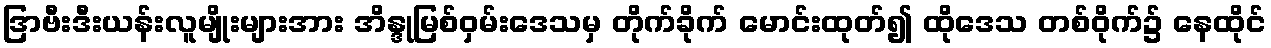
ဒြာဗီးဒီးယန်းလူမျိုးများအား အိန္ဒုမြစ်ဝှမ်းဒေသမှ တိုက်ခိုက် မောင်းထုတ်၍ ထိုဒေသ တစ်ဝိုက်၌ နေထိုင်